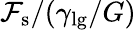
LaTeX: {\cal F}_{\textrm{s}}/(\gamma_{\textrm{lg}}/G)